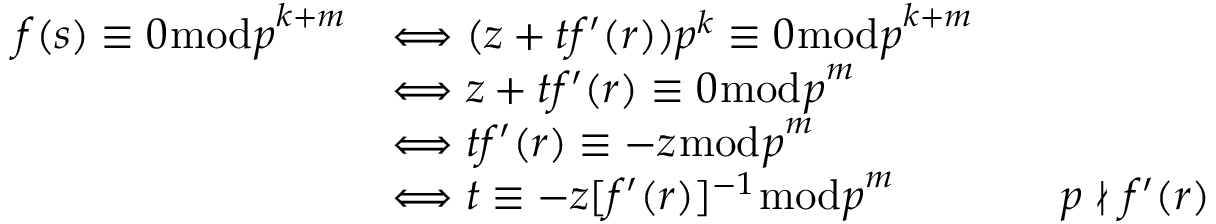
{ \begin{array} { r l r l } { f ( s ) \equiv 0 { \bmod { p } } ^ { k + m } } & { \Longleftrightarrow ( z + t f ^ { \prime } ( r ) ) p ^ { k } \equiv 0 { \bmod { p } } ^ { k + m } } \\ & { \Longleftrightarrow z + t f ^ { \prime } ( r ) \equiv 0 { \bmod { p } } ^ { m } } \\ & { \Longleftrightarrow t f ^ { \prime } ( r ) \equiv - z { \bmod { p } } ^ { m } } \\ & { \Longleftrightarrow t \equiv - z [ f ^ { \prime } ( r ) ] ^ { - 1 } { \bmod { p } } ^ { m } } & & { p \nmid f ^ { \prime } ( r ) } \end{array} }